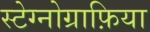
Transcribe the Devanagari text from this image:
स्टेग्नोग्राफ़िया